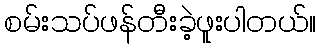
စမ်းသပ်ဖန်တီးခဲ့ဖူးပါတယ်။